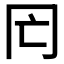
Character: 𠕃